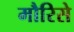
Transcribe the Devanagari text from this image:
मौरिसे